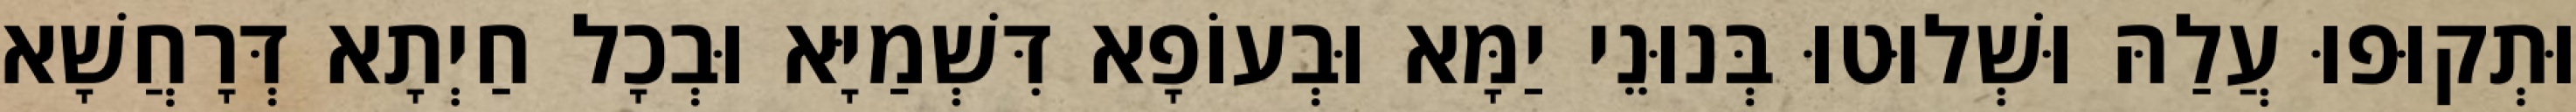
וּתְקוּפוּ עֲלַהּ וּשְׁלוּטוּ בְּנוּנֵי יַמָּא וּבְעוֹפָא דִּשְׁמַיָּא וּבְכָל חַיְתָא דְּרָחֲשָׁא